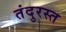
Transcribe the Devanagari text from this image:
तंदुरस्त